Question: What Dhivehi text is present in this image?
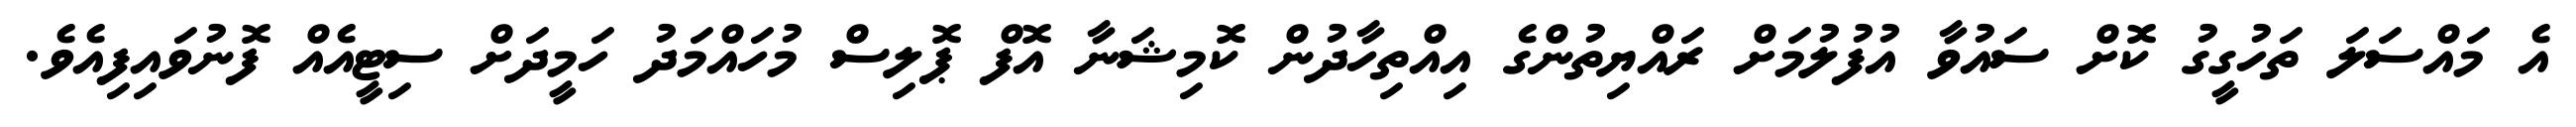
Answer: އެ މައްސަލަ ތަހުގީގު ކޮށް ސައުވާ އުފުލުމަށް ރައްޔިތުންގެ އިއްތިހާދުން ކޮމިޝަނާ އޮފް ޕޮލިސް މުހައްމަދު ހަމީދަށް ސިޓީއެއް ފޮނުވައިފިއެވެ.